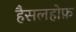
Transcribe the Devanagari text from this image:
हैसलहोफ़